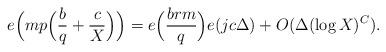
LaTeX: \begin{align*}e\Bigl(mp\Bigl(\frac{b}{q}+\frac{c}{X}\Bigr)\Bigr)= e\Bigl(\frac{b r m}{q}\Bigr)e(j c\Delta)+O(\Delta (\log{X})^C).\end{align*}